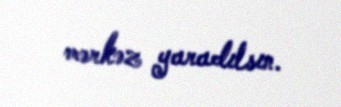
mərkəz yaradılsın.